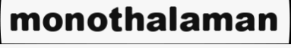
monothalaman